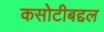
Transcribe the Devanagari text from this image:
कसोटीबद्दल